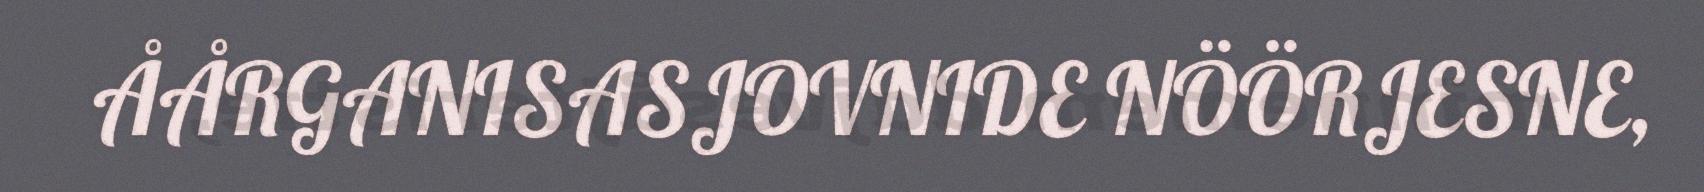
ÅÅRGANISASJOVNIDE NÖÖRJESNE,